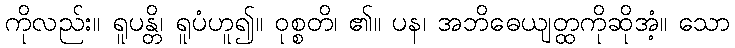
ကိုလည်း။ ရူပန္တိ၊ ရူပံဟူ၍။ ဝုစ္စတိ၊ ၏။ ပန၊ အဘိဓေယျတ္ထကိုဆိုအံ့။ သော